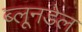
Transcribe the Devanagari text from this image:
ब्लूनडेल